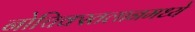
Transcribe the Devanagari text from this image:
नोचिक्स्तलानमध्ये